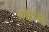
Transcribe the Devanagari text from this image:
अखण्डम्